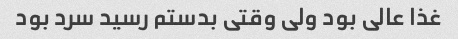
غذا عالی بود ولی وقتی بدستم رسید سرد بود